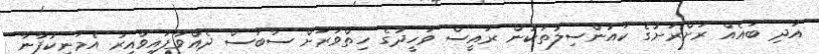
އަދި ބައެއް ރަށްރަށުގެ ކައުންސިލުތަކުން ރައީސް ވަހީދުގެ ހިތްވަރަށް ސާބަސް ދެއްވާފައިވާއިރު އެމަނިކުފާނާ